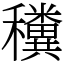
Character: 䆏